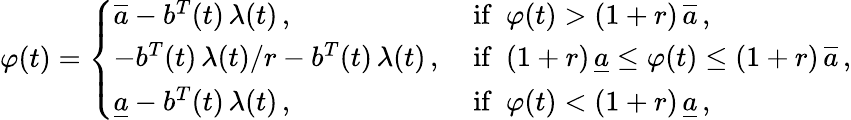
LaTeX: \varphi(t)=\left\{ \begin{array}{ll}{\overline{{a}}-b^{T}(t)\, \lambda(t)\, ,}&{\mathrm{~if\ \ }\varphi(t)>(1+r)\, \overline{{a}}\, ,}\\ {-b^{T}(t)\, \lambda(t)/r-b^{T}(t)\, \lambda(t)\, ,}&{\mathrm{~if\ \ }(1+r)\, \underline{{a}}\le\varphi(t)\le(1+r)\, \overline{{a}}\, ,}\\ {\underline{{a}}-b^{T}(t)\, \lambda(t)\, ,}&{\mathrm{~if\ \ }\varphi(t)<(1+r)\, \underline{{a}}\, ,}\end{array}\right.